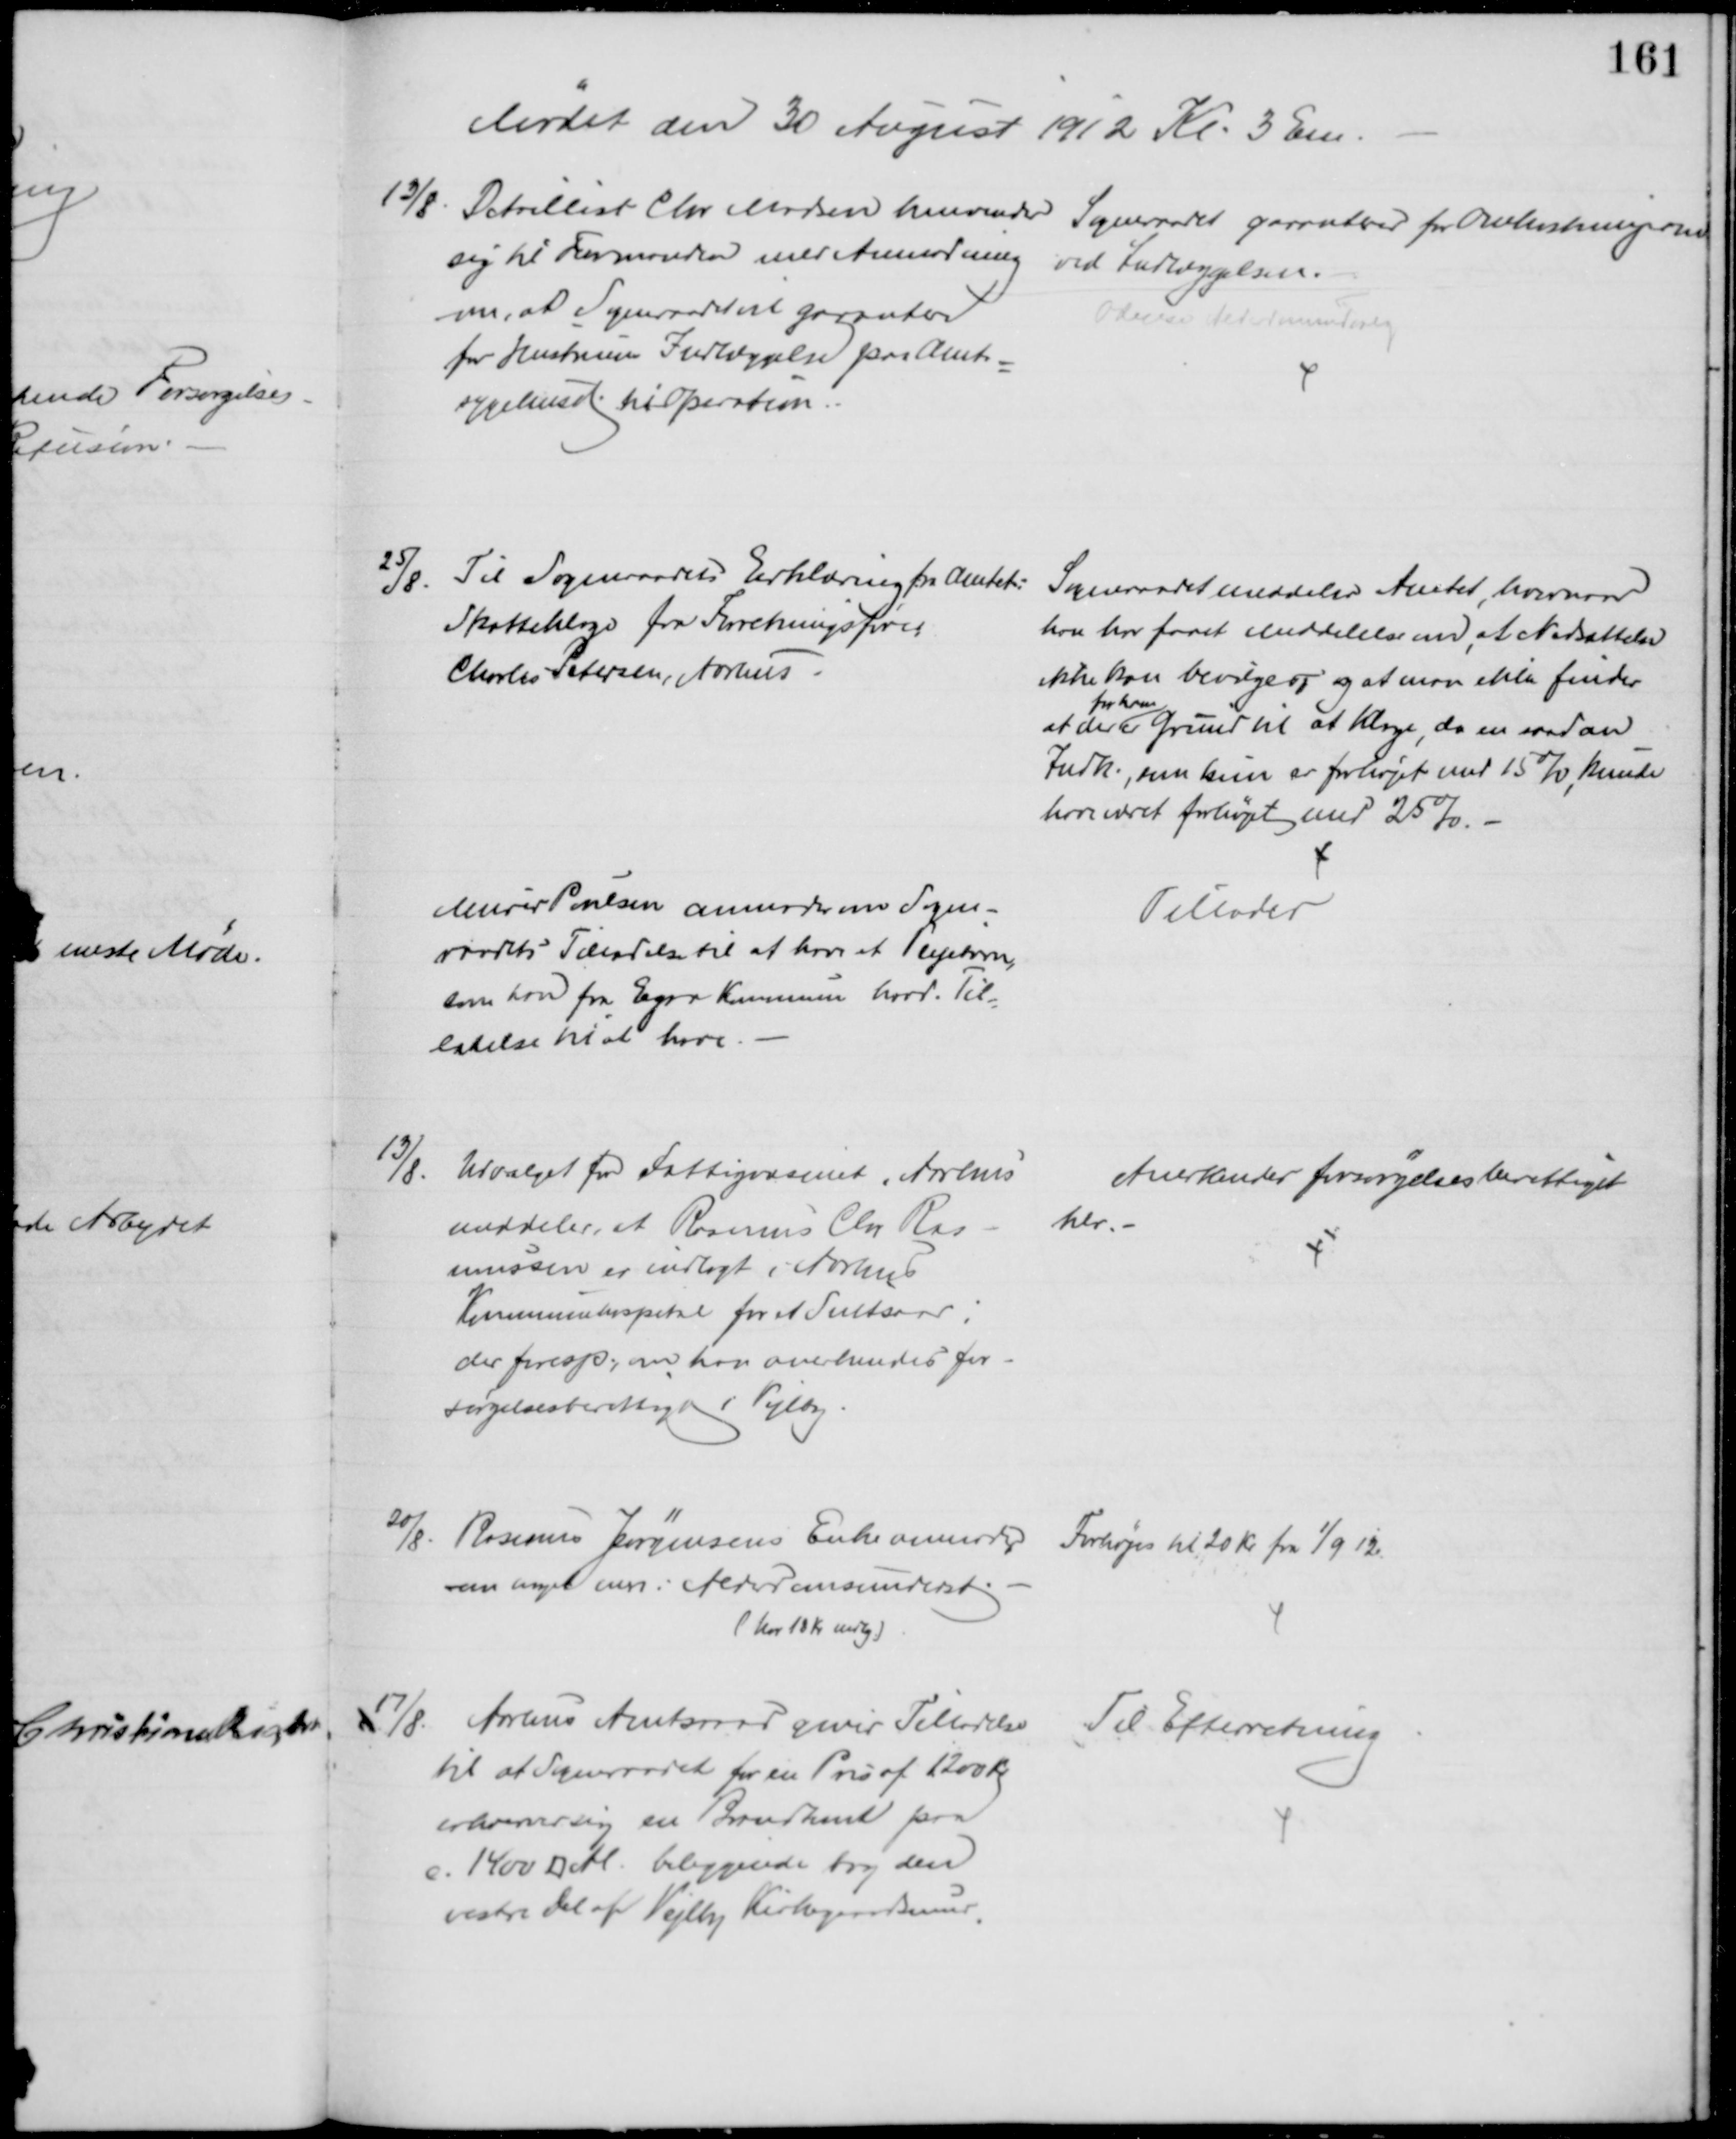
Transskription:
Mødet den 30 August 1912 Kl. 3 Em.
13/8. Detaillist Chr Madsen henvender 
sig til Formanden med Anmodning 
om, at Sogneraadet vil garantere
for Hustruens Indlæggelse paa Amts
=
sygehuset til Operation
Sogneraadet garanterer for Omkostningerne
ved Indlæggelsen.
Odense Alderdomsudvalg
25/8. Til Sogneraadets Erklæring fra Amtet:
Skatteklage fra Forretningsfører
Charles Petersen, Aarhus
Sogneraadet meddeler Amtet, hvornaar
han har faaet meddelelse om, at Nedsættelse
ikke kan bevilges, og at man ikke finder 
at der
for ham
er Grund til at Klage, da en saadan
Indk., som kun er forhøjet med 15 % kunde
have været forhøjet med 25%.
Murer Poulsen anmoderen Sogne-
raadets Tilladelse til at have et Plejebarn,
som han fra Egaa Kommune havd Til-
ladelse til at have.
Tillodes
13/8.
Udvalget for Fattigvæsenet i Aarhus
meddeler, at Rasmus Chr. Ras-
mussen er indlagt i Aarhus
Kommunehospital for et Sultsaar,
der foresp., om han anerkendes for-
sørgelsesberettiget i Vejlby
Anerkender forsørgelsesberettiget
her.
20/8. Rasmus Jørgensens Enke anmoder 
om noget mere i Alderdomsunderst.
( har 18 Kr mdlg.)
Forhøjes til 20 Kr fra 1/9 12
17/8. Aarhus Amtsraad giver Tilladelse
til at Sogneraadet for en Pris af 1200 Kr.
erhverver sig en Brandtomt paa 
c. 1400 □ Al. beliggende bag den
vestre Del af Vejlby Kirkegaardsmur
Til Efterretning